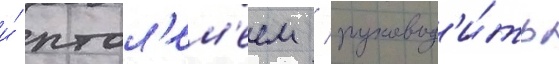
и́ птол'ем'еем / руковод'и́ть